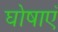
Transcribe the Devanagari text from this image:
घोषाएँ